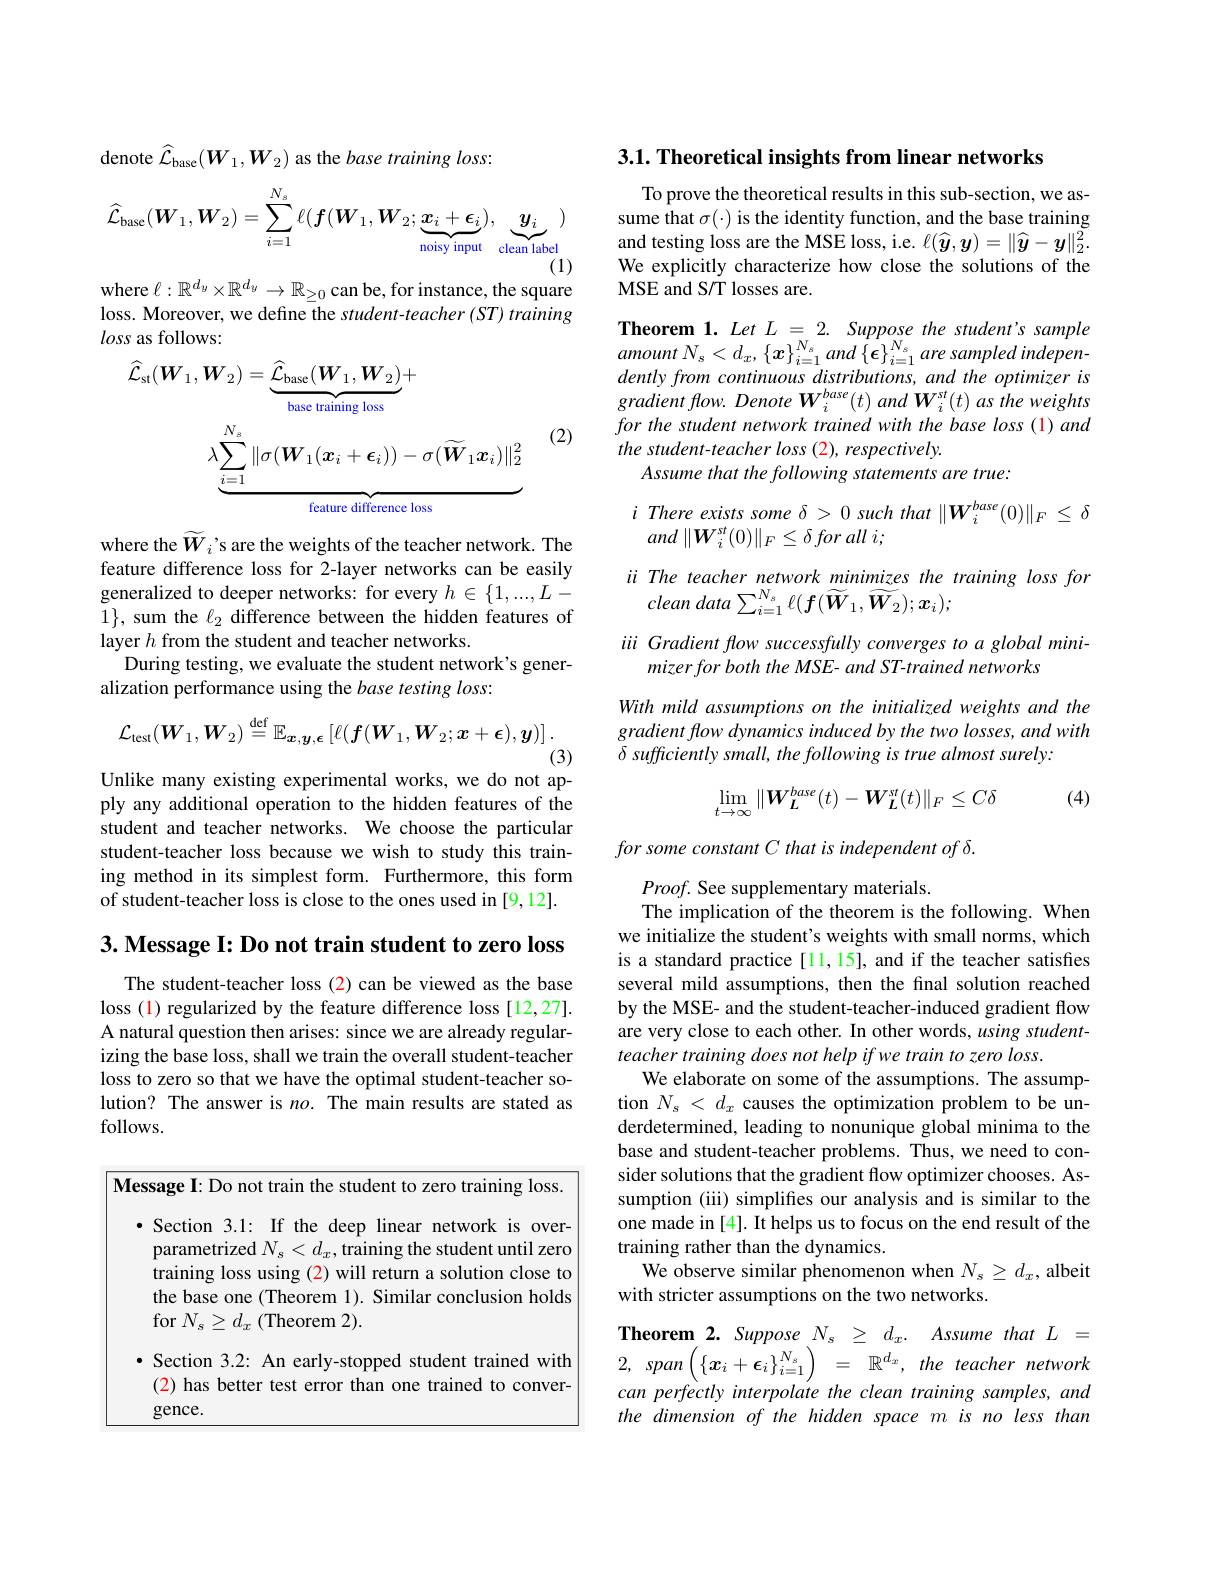
denote $\hat{\mathcal{L}}_{\mathrm{base}}(W_{1},W_{2})$ as the base training loss:
$$\widehat{\mathcal{L}}_{\mathrm{base}}(\boldsymbol{W}_1,\boldsymbol{W}_2)=\sum_{i=1}^{N_s}\ell(\boldsymbol{f}(\boldsymbol{W}_1,\boldsymbol{W}_2;\underbrace{\boldsymbol{x}_i+\boldsymbol{\epsilon}_i}_{\text{noisy input}}),\underbrace{\boldsymbol{y}_i}_{\text{clean label}})$$
where $\ell:\mathbb{R}^{d_y}\times\mathbb{R}^{d_y}\to\mathbb{R}_{\geq0}$ can be, for instance, the square

loss. Moreover, we define the student-teacher (ST) training
loss as follows:
$$\begin{aligned}\widehat{\mathcal{L}}_{\mathrm{st}}(\boldsymbol{W}_{1},\boldsymbol{W}_{2})&=\underbrace{\widehat{\mathcal{L}}_{\mathrm{base}}(\boldsymbol{W}_{1},\boldsymbol{W}_{2})}_{\mathrm{base~training~loss}}+\\&\lambda\underbrace{\sum_{i=1}^{N_{s}}\|\sigma(\boldsymbol{W}_{1}(\boldsymbol{x}_{i}+\boldsymbol{\epsilon}_{i}))-\sigma(\widetilde{\boldsymbol{W}}_{1}\boldsymbol{x}_{i})\|_{2}^{2}}_{\text{feature difference loss}}\end{aligned}$$
(2)

where the $\widetilde{W}_i’$s are the weights of the teacher network. The feature difference loss for 2-layer networks can be easily generalized to deeper networks: for every $h\in\{1,...,L-$ $1\}$, sum the $\ell_2$ difference between the hidden features of layer $h$ from the student and teacher networks.
During testing, we evaluate the student network's gener-
alization performance using the base testing loss:
$$\mathcal{L}_{\mathrm{test}}(\boldsymbol{W}_{1},\boldsymbol{W}_{2})\stackrel{\mathrm{def}}{=}\mathbb{E}_{\boldsymbol{x},\boldsymbol{y},\boldsymbol{\epsilon}}\left[\ell(\boldsymbol{f}(\boldsymbol{W}_{1},\boldsymbol{W}_{2};\boldsymbol{x}+\boldsymbol{\epsilon}),\boldsymbol{y})\right].$$
(3)

Unlike many existing experimental works, we do not ap-

ply any additional operation to the hidden features of the student and teacher networks. We choose the particular student-teacher loss because we wish to study this training method in its simplest form. Furthermore, this form of student-teacher loss is close to the ones used in [9,12].

$3. \textbf{ Message I: Do not train student to zero loss}$

The student-teacher loss (2) can be viewed as the base loss (1) regularized by the feature difference loss [12,27]. A natural question then arises: since we are already regularizing the base loss, shall we train the overall student-teacher loss to zero so that we have the optimal student-teacher solution? The answer is $no.$ The main results are stated as follows.

<table>
	<tbody>
		<tr>
			<td>$\Gamma$</td>
			<td>sage I: Do not train the student to zero training loss</td>
		</tr>
	</tbody>
</table>

3.1. Theoretical insights from linear networks

To prove the theoretical results in this sub-section, we assume that $\sigma(\cdot)$ is the identity function, and the base training and testing loss are the MSE loss, i.e. $\ell(\widehat{y},\boldsymbol y)=\|\widehat{\boldsymbol{y}}-\boldsymbol{y}\|_2^2.$ We explicitly characterize how close the solutions of the MSE and S/T losses are.

Theorem 1. Let $L=2.$ Suppose the student's sample amount $N_{s}< d_{x}$, $\{ \boldsymbol{x}\} _{i= 1}^{N_{s}}$ and $\{ \boldsymbol{\epsilon }\} _{i= 1}^{N_{s}}$ are sampled $indepen-$ dently from continuous distributions, and the optimizer is $gradientflow.DenoteW_{i}^{base}(t)andW_{i}^{st}(t)astheweights$ for the student network trained with the base loss (1) and the student-teacher loss (2), respectively
Assume that the following statements are true:

$i\textit{ There exists some }\delta > 0\textit{ such that }\| \boldsymbol{W}_i^{base}( 0) \| _F\leq \delta$
# $and\left \| \boldsymbol{W}_{i}^{st}( 0) \right \| _{F}\leq \delta for$ all $i;$

ii The teacher network minimizes the training loss for
clean $data\sum _{i= 1}^{N_{s}}\ell ( f( \widetilde{\boldsymbol{W}} _{1}, \widetilde{\boldsymbol{W}} _{2}) ; \boldsymbol{x}_{i}) ;$

iii Gradient flow successfully converges to a global mini-
mizer for both the MSE- and ST-trained networks

With mild assumptions on the initialized weights and the gradient flow dynamics induced by the two losses, and with $\delta \textit{sufficiently small, the following is true almost surely: }$

(4)
$$\lim_{t\to\infty}\|\boldsymbol{W}_{L}^{base}(t)-\boldsymbol{W}_{L}^{st}(t)\|_{F}\leq C\delta $$
for some constant C that is independent of $\delta.$

$Proof.$ See supplementary materials.
The implication of the theorem is the following. When we initialize the student's weights with small norms, which is a standard practice [11,15], and if the teacher satisfes several mild assumptions, then the final solution reached by the MSE- and the student-teacher-induced gradient flow are very close to each other. In other words, using studentteacher training does not help if we train to zero loss.
We elaborate on some of the assumptions. The assumption $N_s<d_x$ causes the optimization problem to be underdetermined, leading to nonunique global minima to the base and student-teacher problems. Thus, we need to consider solutions that the gradient flow optimizer chooses. Assumption (iii) simplifes our analysis and is similar to the one made in [4]. It helps us to focus on the end result of the training rather than the dynamics.
We observe similar phenomenon when $N_s\geq d_x$, albeit
with stricter assumptions on the two networks.
Theorem 2. Suppose $N_s\geq d_x.$ Assume that $L=$ 2, $span\left ( \{ \boldsymbol{x}_{i}+ \boldsymbol{\epsilon }_{i}\} _{i= 1}^{N_{s}}\right )$ = $\mathbb{R} ^{d_{x}}, the$ teacher network can perfectly interpolate the clean training samples, and the dimension of the hidden space m is no less than